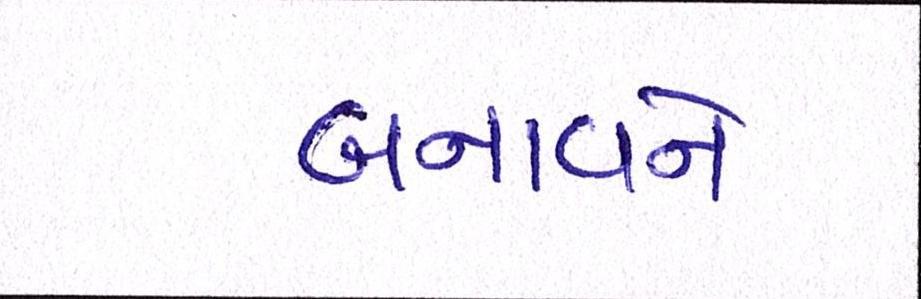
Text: બનાવને